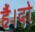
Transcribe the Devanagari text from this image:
हैं।दो